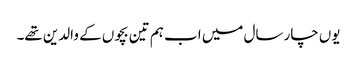
یوں چار سال میں اب ہم تین بچوں کے والدین تھے۔